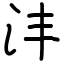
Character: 沣